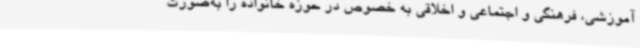
آموزشی، فرهنگی و اجتماعی و اخلاقی به خصوص در حوزه خانواده را به‌صورت